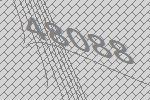
48088